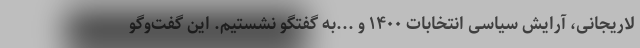
لاریجانی، آرایش سیاسی انتخابات ۱۴۰۰ و ...به گفتگو نشستیم. این گفت‌وگو